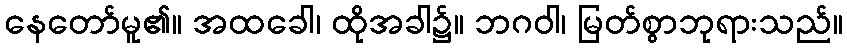
နေတော်မူ၏။ အထခေါ၊ ထိုအခါ၌။ ဘဂဝါ၊ မြတ်စွာဘုရားသည်။